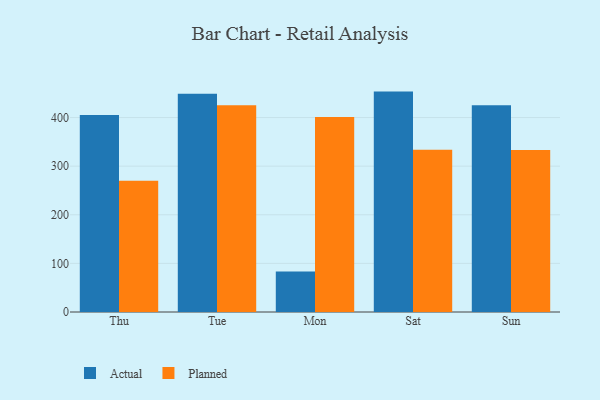
{"axis": {"x": "Day", "y": "LTV (USD)"}, "legend": ["Actual", "Planned"], "data": [{"x": "Thu", "y": 405.3, "type": "Actual"}, {"x": "Thu", "y": 269.9, "type": "Planned"}, {"x": "Tue", "y": 448.8, "type": "Actual"}, {"x": "Tue", "y": 425.3, "type": "Planned"}, {"x": "Mon", "y": 83.1, "type": "Actual"}, {"x": "Mon", "y": 401.3, "type": "Planned"}, {"x": "Sat", "y": 453.4, "type": "Actual"}, {"x": "Sat", "y": 333.8, "type": "Planned"}, {"x": "Sun", "y": 425.3, "type": "Actual"}, {"x": "Sun", "y": 333.1, "type": "Planned"}]}